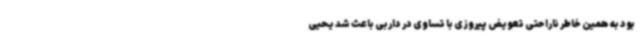
بود به همین خاطر ناراحتی تعویض پیروزی با تساوی در داربی باعث شد یحیی